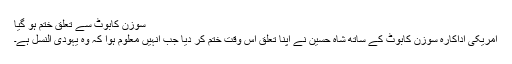
سوزن کابوٹ سے تعلق ختم ہو گیا
امریکی اداکارہ سوزن کابوٹ کے ساتھ شاہ حسین نے اپنا تعلق اُس وقت ختم کر دیا جب انہیں معلوم ہوا کہ وہ یہودی النسل ہے۔